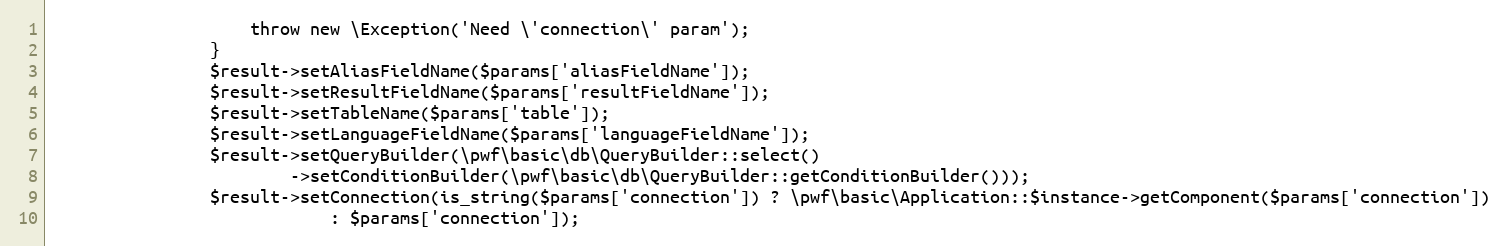
Language: PHP
                    throw new \Exception('Need \'connection\' param');
                }
                $result->setAliasFieldName($params['aliasFieldName']);
                $result->setResultFieldName($params['resultFieldName']);
                $result->setTableName($params['table']);
                $result->setLanguageFieldName($params['languageFieldName']);
                $result->setQueryBuilder(\pwf\basic\db\QueryBuilder::select()
                        ->setConditionBuilder(\pwf\basic\db\QueryBuilder::getConditionBuilder()));
                $result->setConnection(is_string($params['connection']) ? \pwf\basic\Application::$instance->getComponent($params['connection'])
                            : $params['connection']);